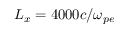
L _ { x } = 4 0 0 0 c / \omega _ { p e }